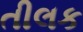
તીલક